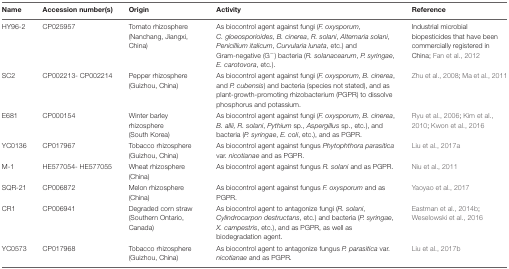
| Name | Accession number(s) | Origin | Activity | Reference |
 | --- | --- | --- | --- | --- |
 | HY96-2 | CP025957 | Tomato rhizosphere (Nanchang, Jiangxi, China) | As biocontrol agent against fungi (F. oxysporum, C. gloeosporioides, B. cinerea, R. solani, Alternaria solani, Penicillium italicum, Curvularia lunata, etc.) and Gram-negative (G-) bacteria (R. solanacearum, P. syringae, E. carotovora, etc.). | Industrial microbial biopesticides that have been commercially registered in China; Fan et al., 2012 |
 | SC2 | CP002213- CP002214 | Pepper rhizosphere (Guizhou, China) | As biocontrol agent against fungi (F. oxysporum, B. cinerea, and P. cubensis) and bacteria (species not stated), and as plant-growth-promoting rhizobacterium (PGPR) to dissolve phosphorus and potassium. | Zhu et al., 2008; Ma et al., 2011 |
 | E681 | CP000154 | Winter barley rhizosphere (South Korea) | As biocontrol agent against fungi (F. oxysporum, B. cinerea, B. allii, R. solani, Pythium sp., Aspergillus sp., etc.), and bacteria (P. syringae, E. coli, etc.), and as PGPR. | Ryu et al., 2006; Kim et al., 2010; Kwon et al., 2016 |
 | YC0136 | CP017967 | Tobacco rhizosphere (Guizhou, China) | As biocontrol agent against fungus Phytophthora parasitica var. nicotianae and as PGPR. | Liu et al., 2017a |
 | M-1 | HE577054- HE577055 | Wheat rhizosphere (China) | As biocontrol agent against fungus R. solani and as PGPR. | Niu et al., 2011 |
 | SQR-21 | CP006872 | Melon rhizosphere (China) | As biocontrol agent against fungus F. oxysporum and as PGPR. | Yaoyao et al., 2017 |
 | CR1 | CP006941 | Degraded corn straw (Southern Ontario, Canada) | As biocontrol agent to antagonize fungi (R. solani, Cylindrocarpon destructans, etc.) and bacteria (P. syringae, X. campestris, etc.), and as PGPR, as well as biodegradation agent. | Eastman et al., 2014b; Weselowski et al., 2016 |
 | YC0573 | CP017968 | Tobacco rhizosphere (Guizhou, China) | As biocontrol agent to antagonize fungus P. parasitica var. nicotianae and as PGPR. | Liu et al., 2017b |